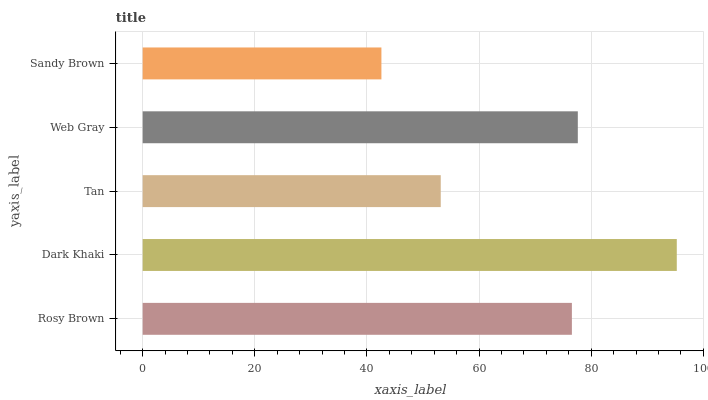
| yaxis_label | bars |
 | --- | --- |
 | Rosy Brown | 76.6 |
 | Dark Khaki | 95.3 |
 | Tan | 53.2 |
 | Web Gray | 77.6 |
 | Sandy Brown | 42.6 |